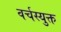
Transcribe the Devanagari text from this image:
वर्चस्युक्त